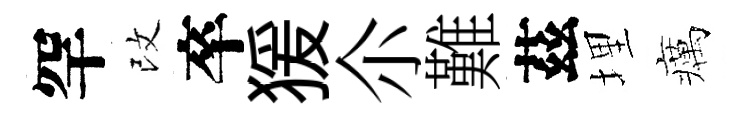
罕改卒猨尒難茲埋癘